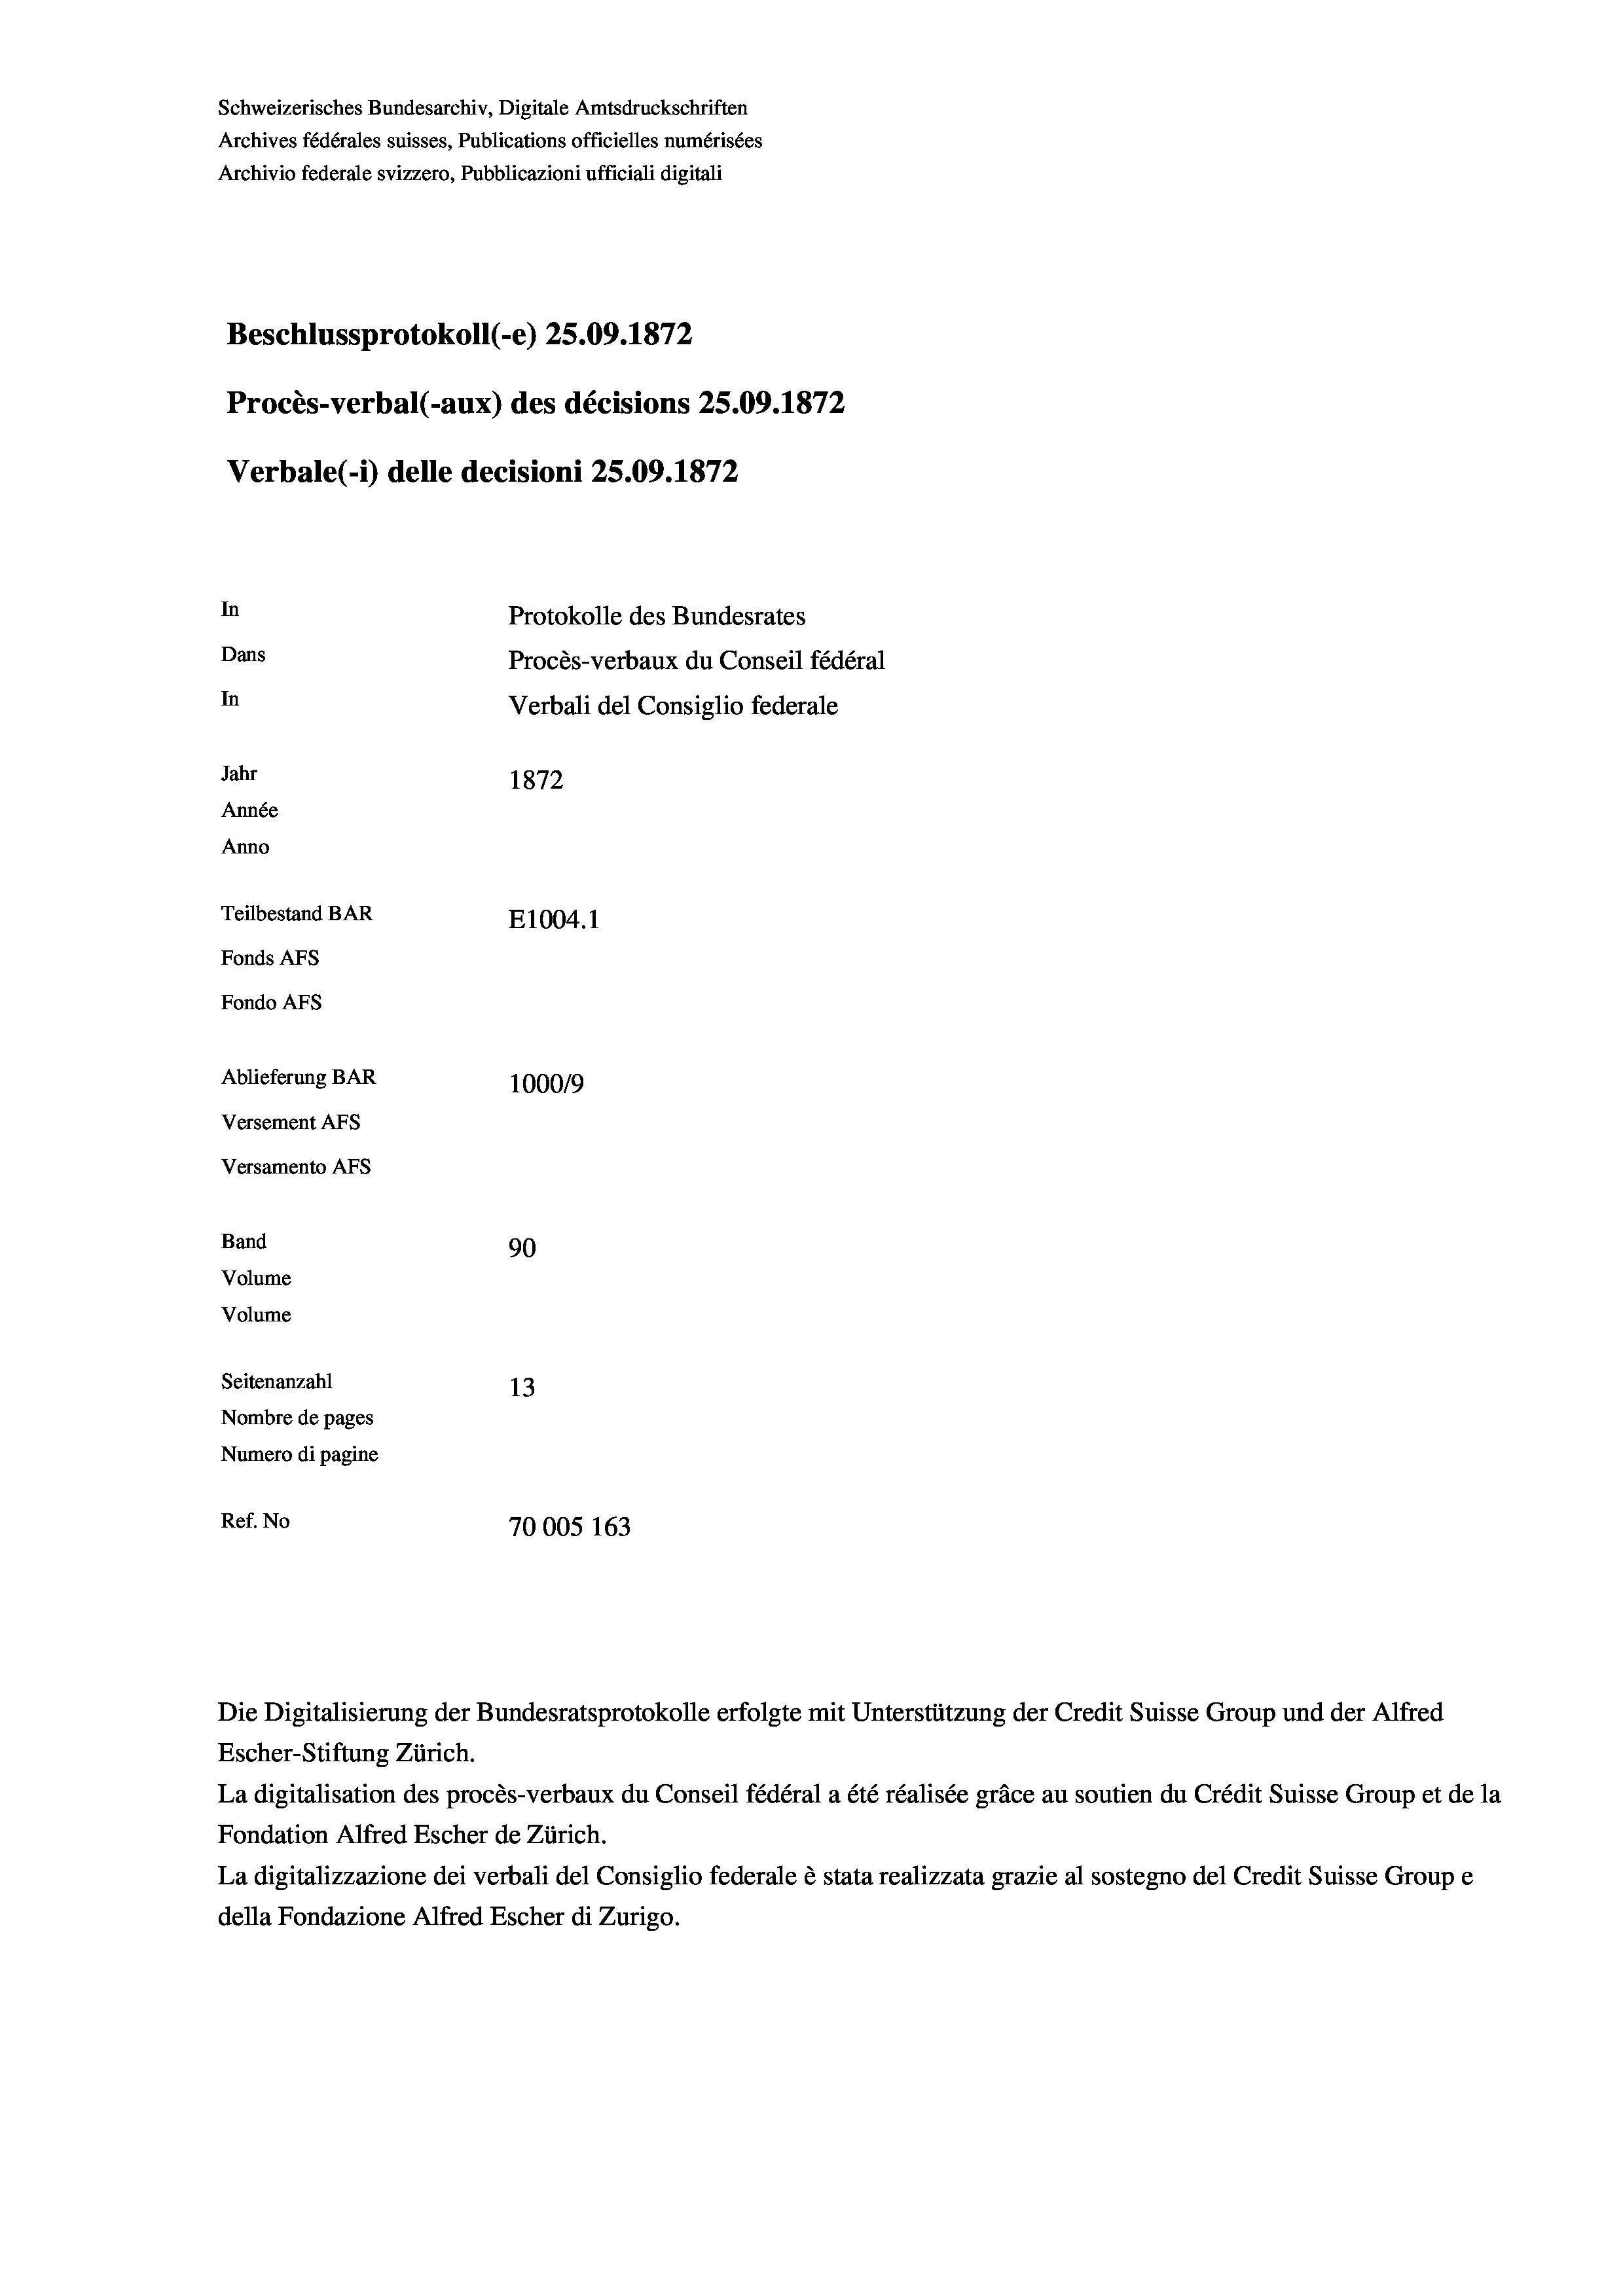
Schweizerisches Bundesarchiv, Digitale Amtsdruckschriften
Archives fédérales suisses, Publications officielles numérisées
Archivio federale svizzero, Pubblicazioni ufficiali digitali
Beschlussprotokoll (-e) 25.09. 1872
Procès-verbal (-aux) des décisions 25.09. 1872
Verbale (i) delle decisioni 25.09. 1872
In
Protokolle des Bundesrates
Dans
Procès-verbaux du Conseil fédéral
In
Verbali del Consiglio federale
Jahr
1872
Année
Anno
Teilbestand BAR
E1004. 1
Fonds Afs
Fondo AFs
Ablieferung BAR
1000/9
Versement Abs

Versamento Afs
Band
Volume
Volume

90
Seitenanzahl
13
Nombre de pages
Numero di pagine
Ref. No
70005 163

Escher-Stiftung Zürich.
La digitalisation des procès-verbaux du Conseil fédéral a été réalisée gräce au soutien du Crédit Suisse Group et de la
Fondation Alfred Escher de Zürich.
La digitalizzazione dei verbali del Consiglio federale è stata realizzata grazie al sostegno del Credit Suisse Groupe
della Fondazione Alfred Escher di Zurigo.

Die Digitalisierung der Bundesratsprotokolle erfolgte mit Unterstützung der Credit Suisse Group und der Alfred